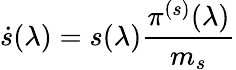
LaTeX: \dot{s}(\lambda)=s(\lambda)\frac{\pi^{(s)}(\lambda)}{m_{s}}